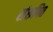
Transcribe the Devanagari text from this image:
संरूपित